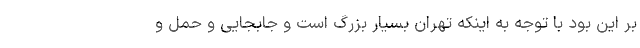
بر این بود با توجه به اینکه تهران بسیار بزرگ است و جابجایی و حمل و